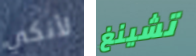
لأنكي تشينغ